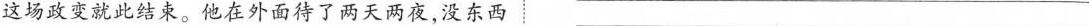
这场政变就此结束。他在外面待了两天两夜，没东西___